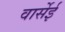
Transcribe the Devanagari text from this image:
वार्सेई